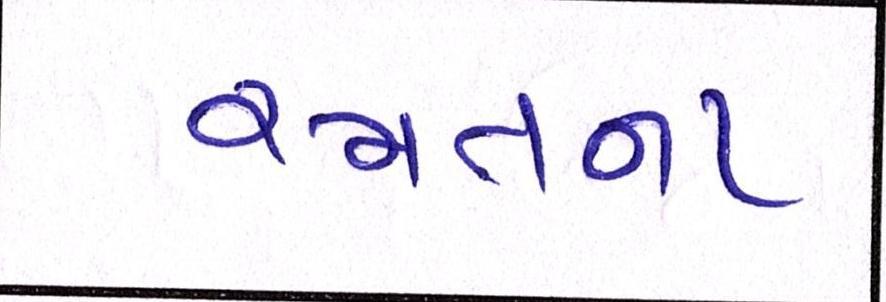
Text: રમતના